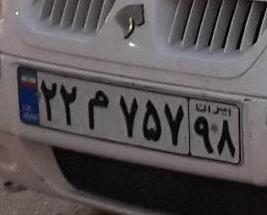
۲۲م۷۵۷۹۸